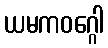
ယမကဝဂ္ဂေါ